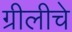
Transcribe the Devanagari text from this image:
ग्रीलीचे